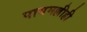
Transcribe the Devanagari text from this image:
पायमल्लीही